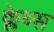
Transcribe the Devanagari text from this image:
क्लेब्स